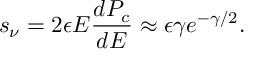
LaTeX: s _ { \nu } = 2 \epsilon E \frac { d P _ { c } } { d E } \approx \epsilon \gamma e ^ { - \gamma / 2 } .